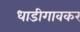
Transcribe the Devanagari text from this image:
धाडीगावकर